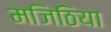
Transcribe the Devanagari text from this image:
मजिठिया